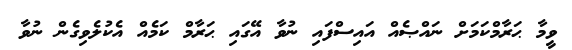
ވީމާ ޙަރާމްކަމަށް ނައްޞެއް އައިސްފައި ނުވާ އޭގައި ޙަރާމް ކަމެއް އެކުލެވިގެން ނުވާ